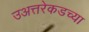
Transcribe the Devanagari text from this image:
उअत्तरेकडच्या